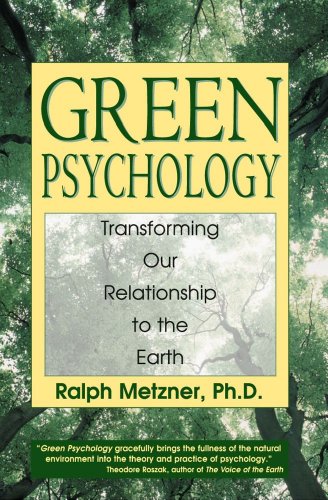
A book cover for Green Psychology: Transforming our Relationship to the Earth; Ralph Metzner; Religion & Spirituality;